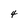
Character: 4